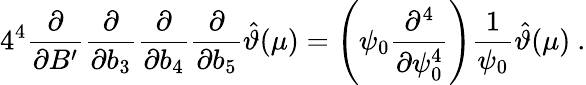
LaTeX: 4^{4}\frac{\partial}{\partial B^{\prime}}\frac{\partial}{\partial b_{3}}\frac{\partial}{\partial b_{4}}\frac{\partial}{\partial b_{5}}\hat{\vartheta}(\mu)=\left(\psi_{0}\frac{\partial^{4}}{\partial\psi_{0}^{4}}\right)\frac{1}{\psi_{0}}\hat{\vartheta}(\mu)\ .